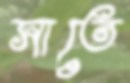
সাতে